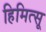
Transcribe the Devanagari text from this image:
हिमित्सू